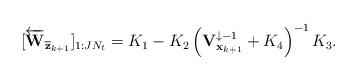
LaTeX: \begin{align*}[\overleftarrow{\mathbf{W}}_{\overline{\mathbf{z}}_{k+1}}]_{1:J N_t} = K_1 - K_2 \left(\mathbf{V}_{\mathbf{x}_{k+1}}^{\downarrow -1} + K_4 \right)^{-1} K_3.\end{align*}